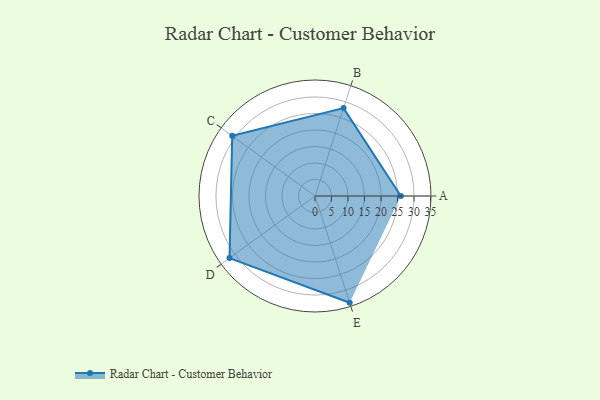
{"axis": {"x": "Skill", "y": "Score"}, "legend": ["Profile"], "data": [{"x": "A", "y": 26.0, "type": "Profile"}, {"x": "B", "y": 28.0, "type": "Profile"}, {"x": "C", "y": 31.0, "type": "Profile"}, {"x": "D", "y": 32.0, "type": "Profile"}, {"x": "E", "y": 34.0, "type": "Profile"}]}